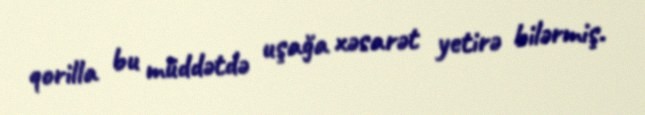
qorilla bu müddətdə uşağa xəsarət yetirə bilərmiş.